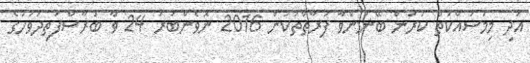
އަދި މިމަސައްކަތް ކުރަން ބޭނުންވާ ފަރާތްތަކުން 2016 ނޮވެންބަރު 24 ވާ ބުރާސްފަތިދުވަހުގެ